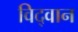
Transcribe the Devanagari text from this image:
विद्‌वान